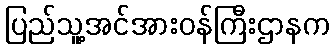
ပြည်သူ့အင်အားဝန်ကြီးဌာနက